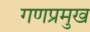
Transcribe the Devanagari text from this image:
गणप्रमुख